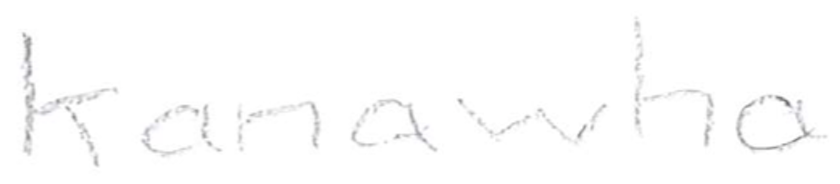
Text: Kanawha
Cross-out: clean
Writing tool: pencil